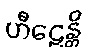
ဟီဠေန္တိ